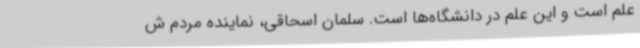
علم است و این علم در دانشگاه‌ها است. سلمان اسحاقی، نماینده مردم ش